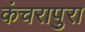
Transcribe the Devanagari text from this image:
कंचरापुरा